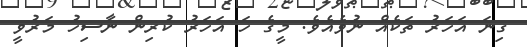
ގިނަ އަހަރު ތަކެއް ނުވެއެވެެ. މީގެ ހަ އަހަރު ކުރިން ނާސިހު މަރުވީ